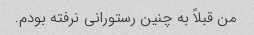
من قبلاً به چنین رستورانی نرفته بودم.